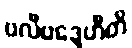
ဗလီဗဒ္ဒေဟီတိ